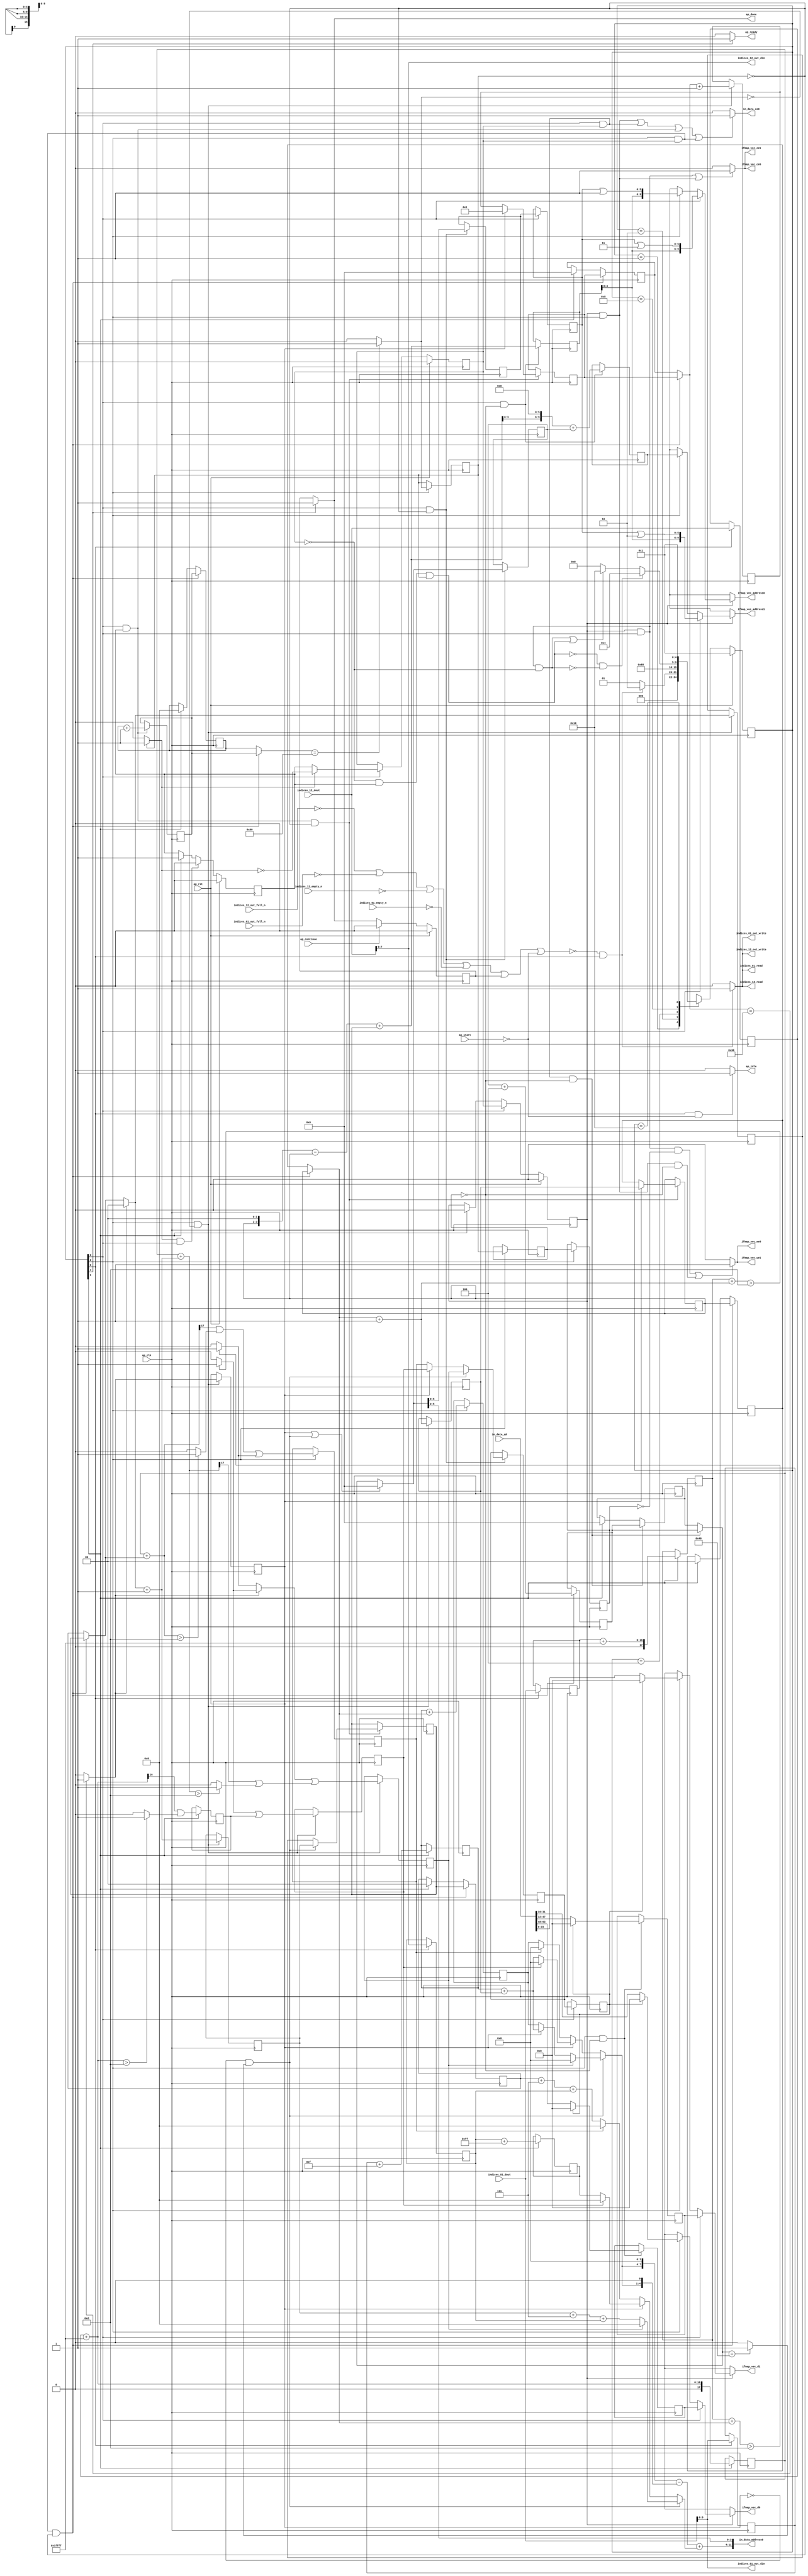
`define EXPONENT 5
`define MANTISSA 10
`define ACTUAL_MANTISSA 11
`define EXPONENT_LSB 10
`define EXPONENT_MSB 14
`define MANTISSA_LSB 0
`define MANTISSA_MSB 9
`define MANTISSA_MUL_SPLIT_LSB 3
`define MANTISSA_MUL_SPLIT_MSB 9
`define SIGN 1
`define SIGN_LOC 15
`define DWIDTH (`SIGN+`EXPONENT+`MANTISSA)
`define IEEE_COMPLIANCE 1

module td_fused_top_tdf10_readInputs69 (
        ap_clk,
        ap_rst,
        ap_start,
        ap_done,
        ap_continue,
        ap_idle,
        ap_ready,
        in_data_address0,
        in_data_ce0,
        in_data_q0,
        indices_01_dout,
        indices_01_empty_n,
        indices_01_read,
        indices_12_dout,
        indices_12_empty_n,
        indices_12_read,
        ifmap_vec_address0,
        ifmap_vec_ce0,
        ifmap_vec_we0,
        ifmap_vec_d0,
        ifmap_vec_address1,
        ifmap_vec_ce1,
        ifmap_vec_we1,
        ifmap_vec_d1,
        indices_01_out_din,
        indices_01_out_full_n,
        indices_01_out_write,
        indices_12_out_din,
        indices_12_out_full_n,
        indices_12_out_write
);

parameter    ap_ST_fsm_state1 = 5'd1;
parameter    ap_ST_fsm_state2 = 5'd2;
parameter    ap_ST_fsm_pp0_stage0 = 5'd4;
parameter    ap_ST_fsm_pp0_stage1 = 5'd8;
parameter    ap_ST_fsm_state9 = 5'd16;

input   ap_clk;
input   ap_rst;
input   ap_start;
output   ap_done;
input   ap_continue;
output   ap_idle;
output   ap_ready;
output  [11:0] in_data_address0;
output   in_data_ce0;
input  [63:0] in_data_q0;
input  [15:0] indices_01_dout;
input   indices_01_empty_n;
output   indices_01_read;
input  [15:0] indices_12_dout;
input   indices_12_empty_n;
output   indices_12_read;
output  [9:0] ifmap_vec_address0;
output   ifmap_vec_ce0;
output   ifmap_vec_we0;
output  [15:0] ifmap_vec_d0;
output  [9:0] ifmap_vec_address1;
output   ifmap_vec_ce1;
output   ifmap_vec_we1;
output  [15:0] ifmap_vec_d1;
output  [3:0] indices_01_out_din;
input   indices_01_out_full_n;
output   indices_01_out_write;
output  [7:0] indices_12_out_din;
input   indices_12_out_full_n;
output   indices_12_out_write;

reg ap_done;
reg ap_idle;
reg ap_ready;
reg in_data_ce0;
reg indices_01_read;
reg indices_12_read;
reg[9:0] ifmap_vec_address0;
reg ifmap_vec_ce0;
reg ifmap_vec_we0;
reg[15:0] ifmap_vec_d0;
reg[9:0] ifmap_vec_address1;
reg ifmap_vec_ce1;
reg ifmap_vec_we1;
reg[15:0] ifmap_vec_d1;
reg indices_01_out_write;
reg indices_12_out_write;

reg    ap_done_reg;
  reg   [4:0] ap_CS_fsm;
wire    ap_CS_fsm_state1;
reg    indices_01_blk_n;
reg    indices_12_blk_n;
reg    indices_01_out_blk_n;
reg    indices_12_out_blk_n;
reg   [7:0] indvar_flatten47_reg_224;
reg   [1:0] ii_reg_236;
reg   [6:0] indvar_flatten_reg_248;
reg   [1:0] jj_reg_259;
reg   [6:0] kk_0_i_i_reg_271;
reg   [15:0] indices_01_read_reg_960;
wire   [3:0] trunc_ln250_fu_282_p1;
reg   [3:0] trunc_ln250_reg_965;
reg   [15:0] indices_12_read_reg_970;
wire   [7:0] empty_fu_287_p1;
reg   [7:0] empty_reg_975;
wire   [17:0] p_cast_i_i_fu_304_p1;
reg   [17:0] p_cast_i_i_reg_982;
wire    ap_CS_fsm_state2;
wire   [17:0] sext_ln22_fu_314_p1;
reg   [17:0] sext_ln22_reg_988;
wire   [3:0] p_cast_fu_318_p2;
reg   [3:0] p_cast_reg_994;
wire   [0:0] or_ln23_36_fu_337_p2;
reg   [0:0] or_ln23_36_reg_1000;
wire   [7:0] p_mid137_fu_343_p2;
reg   [7:0] p_mid137_reg_1005;
wire   [3:0] p_cast5_i_i_fu_361_p2;
reg   [3:0] p_cast5_i_i_reg_1010;
wire    ap_CS_fsm_pp0_stage0;
wire    ap_block_state3_pp0_stage0_iter0;
wire    ap_block_state5_pp0_stage0_iter1;
wire    ap_block_state7_pp0_stage0_iter2;
wire    ap_block_pp0_stage0_11001;
wire   [0:0] is_padding_fu_401_p2;
reg   [0:0] is_padding_reg_1016;
wire   [0:0] icmp_ln19_fu_407_p2;
reg   [0:0] icmp_ln19_reg_1023;
reg   [0:0] icmp_ln19_reg_1023_pp0_iter1_reg;
reg   [0:0] icmp_ln19_reg_1023_pp0_iter2_reg;
wire   [1:0] add_ln19_fu_413_p2;
reg   [1:0] add_ln19_reg_1027;
wire   [0:0] icmp_ln20_fu_419_p2;
reg   [0:0] icmp_ln20_reg_1033;
wire   [1:0] select_ln19_fu_425_p3;
reg   [1:0] select_ln19_reg_1045;
wire   [0:0] or_ln23_38_fu_456_p2;
reg   [0:0] or_ln23_38_reg_1050;
wire   [1:0] add_ln20_fu_461_p2;
reg   [1:0] add_ln20_reg_1057;
wire   [0:0] or_ln23_40_fu_496_p2;
reg   [0:0] or_ln23_40_reg_1063;
wire   [6:0] add_ln20_8_fu_502_p2;
reg   [6:0] add_ln20_8_reg_1070;
wire   [7:0] add_ln19_8_fu_508_p2;
reg   [7:0] add_ln19_8_reg_1075;
wire    ap_CS_fsm_pp0_stage1;
reg    ap_enable_reg_pp0_iter0;
wire    ap_block_state4_pp0_stage1_iter0;
wire    ap_block_state6_pp0_stage1_iter1;
wire    ap_block_state8_pp0_stage1_iter2;
wire    ap_block_pp0_stage1_11001;
wire   [1:0] select_ln19_42_fu_546_p3;
reg   [1:0] select_ln19_42_reg_1080;
wire   [6:0] select_ln20_fu_620_p3;
reg   [6:0] select_ln20_reg_1087;
wire   [1:0] select_ln20_35_fu_628_p3;
reg   [1:0] select_ln20_35_reg_1093;
wire   [0:0] select_ln20_36_fu_637_p3;
reg   [0:0] select_ln20_36_reg_1099;
reg   [0:0] select_ln20_36_reg_1099_pp0_iter1_reg;
wire   [5:0] empty_148_fu_733_p1;
reg   [5:0] empty_148_reg_1107;
reg   [5:0] empty_148_reg_1107_pp0_iter1_reg;
wire   [6:0] select_ln20_39_fu_760_p3;
reg   [6:0] select_ln20_39_reg_1119;
wire   [6:0] add_ln25_fu_766_p2;
reg   [6:0] add_ln25_reg_1124;
reg    ap_enable_reg_pp0_iter1;
wire   [5:0] add_ln33_fu_798_p2;
reg   [5:0] add_ln33_reg_1129;
wire   [9:0] add_ln33_8_fu_819_p2;
reg   [9:0] add_ln33_8_reg_1136;
wire   [15:0] select_ln33_32_fu_898_p3;
reg   [15:0] select_ln33_32_reg_1141;
wire   [15:0] select_ln33_33_fu_919_p3;
reg   [15:0] select_ln33_33_reg_1146;
wire    ap_block_pp0_stage1_subdone;
reg    ap_condition_pp0_exit_iter0_state4;
reg    ap_enable_reg_pp0_iter2;
reg   [7:0] ap_phi_mux_indvar_flatten47_phi_fu_228_p4;
wire    ap_block_pp0_stage0;
reg   [1:0] ap_phi_mux_ii_phi_fu_240_p4;
reg   [6:0] ap_phi_mux_indvar_flatten_phi_fu_252_p4;
reg   [1:0] ap_phi_mux_jj_phi_fu_263_p4;
reg   [6:0] ap_phi_mux_kk_0_i_i_phi_fu_275_p4;
wire    ap_block_pp0_stage1;
wire   [63:0] sext_ln32_fu_755_p1;
wire   [63:0] zext_ln33_33_fu_825_p1;
wire   [63:0] sext_ln33_fu_857_p1;
wire   [63:0] sext_ln33_13_fu_938_p1;
wire   [63:0] sext_ln33_14_fu_955_p1;
reg    ap_block_state1;
wire   [15:0] select_ln33_fu_837_p3;
wire   [15:0] select_ln33_31_fu_876_p3;
wire   [16:0] zext_ln19_fu_295_p1;
wire   [16:0] empty_143_fu_298_p2;
wire   [16:0] j_cast_i_i_fu_292_p1;
wire   [16:0] add_ln22_fu_308_p2;
wire   [0:0] tmp_62_fu_323_p3;
wire   [0:0] icmp_ln24_fu_331_p2;
wire   [17:0] ii_cast_i_i_fu_348_p1;
wire   [3:0] ii_cast_fu_352_p1;
wire   [17:0] empty_144_fu_356_p2;
wire   [17:0] zext_ln20_fu_372_p1;
wire   [17:0] add_ln22_8_fu_376_p2;
wire   [0:0] tmp_63_fu_381_p3;
wire   [0:0] icmp_ln24_8_fu_389_p2;
wire   [0:0] or_ln23_fu_395_p2;
wire   [0:0] empty_145_fu_366_p2;
wire   [17:0] ii_cast_i_i_mid1_fu_433_p1;
wire   [17:0] p_mid111_fu_437_p2;
wire   [0:0] p_mid113_fu_442_p2;
wire   [17:0] zext_ln20_8_fu_467_p1;
wire   [17:0] add_ln22_9_fu_471_p2;
wire   [0:0] tmp_64_fu_476_p3;
wire   [0:0] icmp_ln24_9_fu_484_p2;
wire   [0:0] or_ln23_39_fu_490_p2;
wire   [0:0] select_ln19_44_fu_448_p3;
wire   [2:0] zext_ln22_fu_514_p1;
wire   [2:0] tmp1_fu_524_p2;
wire   [7:0] tmp1_cast_fu_530_p1;
wire   [7:0] empty_146_fu_534_p2;
wire   [3:0] ii_cast_mid1_fu_552_p1;
wire   [3:0] p_cast5_i_i_mid1_fu_555_p2;
wire   [3:0] row_coord_int_mid131_fu_571_p3;
wire   [3:0] row_coord_int_fu_518_p3;
wire   [7:0] col_coord_int_mid139_fu_578_p3;
wire   [7:0] col_coord_int_fu_539_p3;
wire   [0:0] icmp_ln25_fu_603_p2;
wire   [0:0] xor_ln19_fu_598_p2;
wire   [0:0] and_ln19_fu_609_p2;
wire   [0:0] or_ln20_fu_615_p2;
wire   [0:0] select_ln19_45_fu_566_p3;
wire   [3:0] select_ln19_43_fu_560_p3;
wire   [2:0] zext_ln22_8_fu_634_p1;
wire   [2:0] tmp1_mid1_fu_651_p2;
wire   [7:0] tmp1_cast_mid1_fu_657_p1;
wire   [7:0] p_mid1_fu_661_p2;
wire   [3:0] row_coord_int_mid1_fu_644_p3;
wire   [3:0] select_ln19_46_fu_584_p3;
wire   [3:0] select_ln20_37_fu_673_p3;
wire   [7:0] tmp_s_fu_681_p3;
wire   [4:0] tmp_18_fu_693_p3;
wire   [8:0] zext_ln32_fu_689_p1;
wire   [8:0] zext_ln32_36_fu_701_p1;
wire   [8:0] sub_ln32_fu_705_p2;
wire   [7:0] col_coord_int_mid1_fu_666_p3;
wire   [7:0] select_ln19_47_fu_591_p3;
wire   [7:0] select_ln20_38_fu_715_p3;
wire   [9:0] sext_ln20_fu_711_p1;
wire   [9:0] zext_ln32_37_fu_723_p1;
wire   [9:0] add_ln32_fu_727_p2;
wire   [3:0] lshr_ln_fu_737_p4;
wire   [13:0] tmp_65_fu_747_p3;
wire   [3:0] tmp_fu_774_p3;
wire   [4:0] zext_ln33_30_fu_781_p1;
wire   [4:0] zext_ln33_fu_771_p1;
wire   [4:0] sub_ln33_fu_785_p2;
wire   [5:0] sub_ln33_cast_fu_791_p1;
wire   [5:0] zext_ln33_31_fu_795_p1;
wire   [3:0] trunc_ln33_fu_804_p1;
wire   [9:0] tmp_180_cast_fu_808_p3;
wire   [9:0] zext_ln33_32_fu_816_p1;
wire   [15:0] trunc_ln32_fu_829_p1;
wire   [15:0] bitcast_ln32_fu_833_p1;
wire   [5:0] or_ln25_fu_845_p2;
wire   [11:0] tmp_66_fu_850_p3;
wire   [15:0] tmp_98_i_i_fu_862_p4;
wire   [15:0] bitcast_ln32_31_fu_872_p1;
wire   [15:0] tmp_99_i_i_fu_884_p4;
wire   [15:0] bitcast_ln32_32_fu_894_p1;
wire   [15:0] tmp_100_i_i_fu_905_p4;
wire   [15:0] bitcast_ln32_33_fu_915_p1;
wire   [5:0] or_ln25_21_fu_926_p2;
wire   [11:0] tmp_67_fu_931_p3;
wire   [5:0] or_ln25_22_fu_943_p2;
wire   [11:0] tmp_68_fu_948_p3;
wire    ap_CS_fsm_state9;
reg   [4:0] ap_NS_fsm;
wire    ap_block_pp0_stage0_subdone;
reg    ap_idle_pp0;
wire    ap_enable_pp0;
wire    ap_ce_reg;

// power-on initialization
initial begin
#0 ap_done_reg = 1'b0;
#0 ap_CS_fsm = 5'd1;
#0 ap_enable_reg_pp0_iter0 = 1'b0;
#0 ap_enable_reg_pp0_iter1 = 1'b0;
#0 ap_enable_reg_pp0_iter2 = 1'b0;
end

always @ (posedge ap_clk) begin
    if (ap_rst == 1'b1) begin
        ap_CS_fsm <= ap_ST_fsm_state1;
    end else begin
        ap_CS_fsm <= ap_NS_fsm;
    end
end

always @ (posedge ap_clk) begin
    if (ap_rst == 1'b1) begin
        ap_done_reg <= 1'b0;
    end else begin
        if ((ap_continue == 1'b1)) begin
            ap_done_reg <= 1'b0;
        end else if ((1'b1 == ap_CS_fsm_state9)) begin
            ap_done_reg <= 1'b1;
        end
    end
end

always @ (posedge ap_clk) begin
    if (ap_rst == 1'b1) begin
        ap_enable_reg_pp0_iter0 <= 1'b0;
    end else begin
        if (((1'b1 == ap_condition_pp0_exit_iter0_state4) & (1'b1 == ap_CS_fsm_pp0_stage1) & (1'b0 == ap_block_pp0_stage1_subdone))) begin
            ap_enable_reg_pp0_iter0 <= 1'b0;
        end else if ((1'b1 == ap_CS_fsm_state2)) begin
            ap_enable_reg_pp0_iter0 <= 1'b1;
        end
    end
end

always @ (posedge ap_clk) begin
    if (ap_rst == 1'b1) begin
        ap_enable_reg_pp0_iter1 <= 1'b0;
    end else begin
        if (((1'b1 == ap_CS_fsm_pp0_stage1) & (1'b0 == ap_block_pp0_stage1_subdone))) begin
            if ((1'b1 == ap_condition_pp0_exit_iter0_state4)) begin
                ap_enable_reg_pp0_iter1 <= (1'b1 ^ ap_condition_pp0_exit_iter0_state4);
            end else if ((1'b1 == 1'b1)) begin
                ap_enable_reg_pp0_iter1 <= ap_enable_reg_pp0_iter0;
            end
        end
    end
end

always @ (posedge ap_clk) begin
    if (ap_rst == 1'b1) begin
        ap_enable_reg_pp0_iter2 <= 1'b0;
    end else begin
        if (((1'b1 == ap_CS_fsm_pp0_stage1) & (1'b0 == ap_block_pp0_stage1_subdone))) begin
            ap_enable_reg_pp0_iter2 <= ap_enable_reg_pp0_iter1;
        end else if ((1'b1 == ap_CS_fsm_state2)) begin
            ap_enable_reg_pp0_iter2 <= 1'b0;
        end
    end
end

always @ (posedge ap_clk) begin
    if (((1'b1 == ap_CS_fsm_pp0_stage0) & (ap_enable_reg_pp0_iter1 == 1'b1) & (icmp_ln19_reg_1023 == 1'd0) & (1'b0 == ap_block_pp0_stage0_11001))) begin
        ii_reg_236 <= select_ln19_42_reg_1080;
    end else if ((1'b1 == ap_CS_fsm_state2)) begin
        ii_reg_236 <= 2'd0;
    end
end

always @ (posedge ap_clk) begin
    if (((1'b1 == ap_CS_fsm_pp0_stage0) & (ap_enable_reg_pp0_iter1 == 1'b1) & (icmp_ln19_reg_1023 == 1'd0) & (1'b0 == ap_block_pp0_stage0_11001))) begin
        indvar_flatten47_reg_224 <= add_ln19_8_reg_1075;
    end else if ((1'b1 == ap_CS_fsm_state2)) begin
        indvar_flatten47_reg_224 <= 8'd0;
    end
end

always @ (posedge ap_clk) begin
    if (((1'b1 == ap_CS_fsm_pp0_stage0) & (ap_enable_reg_pp0_iter1 == 1'b1) & (icmp_ln19_reg_1023 == 1'd0) & (1'b0 == ap_block_pp0_stage0_11001))) begin
        indvar_flatten_reg_248 <= select_ln20_39_reg_1119;
    end else if ((1'b1 == ap_CS_fsm_state2)) begin
        indvar_flatten_reg_248 <= 7'd0;
    end
end

always @ (posedge ap_clk) begin
    if (((1'b1 == ap_CS_fsm_pp0_stage0) & (ap_enable_reg_pp0_iter1 == 1'b1) & (icmp_ln19_reg_1023 == 1'd0) & (1'b0 == ap_block_pp0_stage0_11001))) begin
        jj_reg_259 <= select_ln20_35_reg_1093;
    end else if ((1'b1 == ap_CS_fsm_state2)) begin
        jj_reg_259 <= 2'd0;
    end
end

always @ (posedge ap_clk) begin
    if (((1'b1 == ap_CS_fsm_pp0_stage1) & (ap_enable_reg_pp0_iter1 == 1'b1) & (icmp_ln19_reg_1023_pp0_iter1_reg == 1'd0) & (1'b0 == ap_block_pp0_stage1_11001))) begin
        kk_0_i_i_reg_271 <= add_ln25_reg_1124;
    end else if ((1'b1 == ap_CS_fsm_state2)) begin
        kk_0_i_i_reg_271 <= 7'd0;
    end
end

always @ (posedge ap_clk) begin
    if (((1'b1 == ap_CS_fsm_pp0_stage1) & (ap_enable_reg_pp0_iter0 == 1'b1) & (1'b0 == ap_block_pp0_stage1_11001))) begin
        add_ln19_8_reg_1075 <= add_ln19_8_fu_508_p2;
    end
end

always @ (posedge ap_clk) begin
    if (((1'b1 == ap_CS_fsm_pp0_stage0) & (icmp_ln19_fu_407_p2 == 1'd0) & (1'b0 == ap_block_pp0_stage0_11001))) begin
        add_ln19_reg_1027 <= add_ln19_fu_413_p2;
        add_ln20_8_reg_1070 <= add_ln20_8_fu_502_p2;
        add_ln20_reg_1057 <= add_ln20_fu_461_p2;
        icmp_ln20_reg_1033 <= icmp_ln20_fu_419_p2;
        or_ln23_38_reg_1050 <= or_ln23_38_fu_456_p2;
        or_ln23_40_reg_1063 <= or_ln23_40_fu_496_p2;
        select_ln19_reg_1045 <= select_ln19_fu_425_p3;
    end
end

always @ (posedge ap_clk) begin
    if (((1'b1 == ap_CS_fsm_pp0_stage0) & (ap_enable_reg_pp0_iter1 == 1'b1) & (icmp_ln19_reg_1023 == 1'd0) & (1'b0 == ap_block_pp0_stage0_11001))) begin
        add_ln25_reg_1124 <= add_ln25_fu_766_p2;
    end
end

always @ (posedge ap_clk) begin
    if (((1'b1 == ap_CS_fsm_pp0_stage1) & (icmp_ln19_reg_1023_pp0_iter1_reg == 1'd0) & (1'b0 == ap_block_pp0_stage1_11001))) begin
        add_ln33_8_reg_1136 <= add_ln33_8_fu_819_p2;
        add_ln33_reg_1129 <= add_ln33_fu_798_p2;
    end
end

always @ (posedge ap_clk) begin
    if (((1'b1 == ap_CS_fsm_pp0_stage1) & (icmp_ln19_reg_1023 == 1'd0) & (1'b0 == ap_block_pp0_stage1_11001))) begin
        empty_148_reg_1107 <= empty_148_fu_733_p1;
        select_ln20_36_reg_1099 <= select_ln20_36_fu_637_p3;
        select_ln20_reg_1087 <= select_ln20_fu_620_p3;
    end
end

always @ (posedge ap_clk) begin
    if (((1'b1 == ap_CS_fsm_pp0_stage1) & (1'b0 == ap_block_pp0_stage1_11001))) begin
        empty_148_reg_1107_pp0_iter1_reg <= empty_148_reg_1107;
        select_ln20_36_reg_1099_pp0_iter1_reg <= select_ln20_36_reg_1099;
    end
end

always @ (posedge ap_clk) begin
    if ((1'b1 == ap_CS_fsm_state1)) begin
        empty_reg_975 <= empty_fu_287_p1;
        indices_01_read_reg_960 <= indices_01_dout;
        indices_12_read_reg_970 <= indices_12_dout;
        trunc_ln250_reg_965 <= trunc_ln250_fu_282_p1;
    end
end

always @ (posedge ap_clk) begin
    if (((1'b1 == ap_CS_fsm_pp0_stage0) & (1'b0 == ap_block_pp0_stage0_11001))) begin
        icmp_ln19_reg_1023 <= icmp_ln19_fu_407_p2;
        icmp_ln19_reg_1023_pp0_iter1_reg <= icmp_ln19_reg_1023;
        icmp_ln19_reg_1023_pp0_iter2_reg <= icmp_ln19_reg_1023_pp0_iter1_reg;
        is_padding_reg_1016 <= is_padding_fu_401_p2;
        p_cast5_i_i_reg_1010 <= p_cast5_i_i_fu_361_p2;
    end
end

always @ (posedge ap_clk) begin
    if ((1'b1 == ap_CS_fsm_state2)) begin
        or_ln23_36_reg_1000 <= or_ln23_36_fu_337_p2;
        p_cast_i_i_reg_982 <= p_cast_i_i_fu_304_p1;
        p_cast_reg_994 <= p_cast_fu_318_p2;
        p_mid137_reg_1005 <= p_mid137_fu_343_p2;
        sext_ln22_reg_988 <= sext_ln22_fu_314_p1;
    end
end

always @ (posedge ap_clk) begin
    if (((1'b1 == ap_CS_fsm_pp0_stage1) & (ap_enable_reg_pp0_iter0 == 1'b1) & (icmp_ln19_reg_1023 == 1'd0) & (1'b0 == ap_block_pp0_stage1_11001))) begin
        select_ln19_42_reg_1080 <= select_ln19_42_fu_546_p3;
        select_ln20_35_reg_1093 <= select_ln20_35_fu_628_p3;
        select_ln20_39_reg_1119 <= select_ln20_39_fu_760_p3;
    end
end

always @ (posedge ap_clk) begin
    if (((1'b1 == ap_CS_fsm_pp0_stage0) & (icmp_ln19_reg_1023_pp0_iter1_reg == 1'd0) & (1'b0 == ap_block_pp0_stage0_11001))) begin
        select_ln33_32_reg_1141 <= select_ln33_32_fu_898_p3;
        select_ln33_33_reg_1146 <= select_ln33_33_fu_919_p3;
    end
end

always @ (*) begin
    if ((icmp_ln19_reg_1023 == 1'd1)) begin
        ap_condition_pp0_exit_iter0_state4 = 1'b1;
    end else begin
        ap_condition_pp0_exit_iter0_state4 = 1'b0;
    end
end

always @ (*) begin
    if ((1'b1 == ap_CS_fsm_state9)) begin
        ap_done = 1'b1;
    end else begin
        ap_done = ap_done_reg;
    end
end

always @ (*) begin
    if (((1'b1 == ap_CS_fsm_state1) & (ap_start == 1'b0))) begin
        ap_idle = 1'b1;
    end else begin
        ap_idle = 1'b0;
    end
end

always @ (*) begin
    if (((ap_enable_reg_pp0_iter2 == 1'b0) & (ap_enable_reg_pp0_iter1 == 1'b0) & (ap_enable_reg_pp0_iter0 == 1'b0))) begin
        ap_idle_pp0 = 1'b1;
    end else begin
        ap_idle_pp0 = 1'b0;
    end
end

always @ (*) begin
    if (((1'b1 == ap_CS_fsm_pp0_stage0) & (ap_enable_reg_pp0_iter1 == 1'b1) & (icmp_ln19_reg_1023 == 1'd0) & (1'b0 == ap_block_pp0_stage0))) begin
        ap_phi_mux_ii_phi_fu_240_p4 = select_ln19_42_reg_1080;
    end else begin
        ap_phi_mux_ii_phi_fu_240_p4 = ii_reg_236;
    end
end

always @ (*) begin
    if (((1'b1 == ap_CS_fsm_pp0_stage0) & (ap_enable_reg_pp0_iter1 == 1'b1) & (icmp_ln19_reg_1023 == 1'd0) & (1'b0 == ap_block_pp0_stage0))) begin
        ap_phi_mux_indvar_flatten47_phi_fu_228_p4 = add_ln19_8_reg_1075;
    end else begin
        ap_phi_mux_indvar_flatten47_phi_fu_228_p4 = indvar_flatten47_reg_224;
    end
end

always @ (*) begin
    if (((1'b1 == ap_CS_fsm_pp0_stage0) & (ap_enable_reg_pp0_iter1 == 1'b1) & (icmp_ln19_reg_1023 == 1'd0) & (1'b0 == ap_block_pp0_stage0))) begin
        ap_phi_mux_indvar_flatten_phi_fu_252_p4 = select_ln20_39_reg_1119;
    end else begin
        ap_phi_mux_indvar_flatten_phi_fu_252_p4 = indvar_flatten_reg_248;
    end
end

always @ (*) begin
    if (((1'b1 == ap_CS_fsm_pp0_stage0) & (ap_enable_reg_pp0_iter1 == 1'b1) & (icmp_ln19_reg_1023 == 1'd0) & (1'b0 == ap_block_pp0_stage0))) begin
        ap_phi_mux_jj_phi_fu_263_p4 = select_ln20_35_reg_1093;
    end else begin
        ap_phi_mux_jj_phi_fu_263_p4 = jj_reg_259;
    end
end

always @ (*) begin
    if (((1'b1 == ap_CS_fsm_pp0_stage1) & (ap_enable_reg_pp0_iter1 == 1'b1) & (icmp_ln19_reg_1023_pp0_iter1_reg == 1'd0) & (1'b0 == ap_block_pp0_stage1))) begin
        ap_phi_mux_kk_0_i_i_phi_fu_275_p4 = add_ln25_reg_1124;
    end else begin
        ap_phi_mux_kk_0_i_i_phi_fu_275_p4 = kk_0_i_i_reg_271;
    end
end

always @ (*) begin
    if ((1'b1 == ap_CS_fsm_state9)) begin
        ap_ready = 1'b1;
    end else begin
        ap_ready = 1'b0;
    end
end

always @ (*) begin
    if ((ap_enable_reg_pp0_iter2 == 1'b1)) begin
        if (((1'b1 == ap_CS_fsm_pp0_stage1) & (1'b0 == ap_block_pp0_stage1))) begin
            ifmap_vec_address0 = sext_ln33_14_fu_955_p1;
        end else if (((1'b1 == ap_CS_fsm_pp0_stage0) & (1'b0 == ap_block_pp0_stage0))) begin
            ifmap_vec_address0 = sext_ln33_fu_857_p1;
        end else begin
            ifmap_vec_address0 = 'bx;
        end
    end else begin
        ifmap_vec_address0 = 'bx;
    end
end

always @ (*) begin
    if ((ap_enable_reg_pp0_iter2 == 1'b1)) begin
        if (((1'b1 == ap_CS_fsm_pp0_stage1) & (1'b0 == ap_block_pp0_stage1))) begin
            ifmap_vec_address1 = sext_ln33_13_fu_938_p1;
        end else if (((1'b1 == ap_CS_fsm_pp0_stage0) & (1'b0 == ap_block_pp0_stage0))) begin
            ifmap_vec_address1 = zext_ln33_33_fu_825_p1;
        end else begin
            ifmap_vec_address1 = 'bx;
        end
    end else begin
        ifmap_vec_address1 = 'bx;
    end
end

always @ (*) begin
    if ((((ap_enable_reg_pp0_iter2 == 1'b1) & (1'b1 == ap_CS_fsm_pp0_stage1) & (1'b0 == ap_block_pp0_stage1_11001)) | ((ap_enable_reg_pp0_iter2 == 1'b1) & (1'b1 == ap_CS_fsm_pp0_stage0) & (1'b0 == ap_block_pp0_stage0_11001)))) begin
        ifmap_vec_ce0 = 1'b1;
    end else begin
        ifmap_vec_ce0 = 1'b0;
    end
end

always @ (*) begin
    if ((((ap_enable_reg_pp0_iter2 == 1'b1) & (1'b1 == ap_CS_fsm_pp0_stage1) & (1'b0 == ap_block_pp0_stage1_11001)) | ((ap_enable_reg_pp0_iter2 == 1'b1) & (1'b1 == ap_CS_fsm_pp0_stage0) & (1'b0 == ap_block_pp0_stage0_11001)))) begin
        ifmap_vec_ce1 = 1'b1;
    end else begin
        ifmap_vec_ce1 = 1'b0;
    end
end

always @ (*) begin
    if ((ap_enable_reg_pp0_iter2 == 1'b1)) begin
        if (((1'b1 == ap_CS_fsm_pp0_stage1) & (1'b0 == ap_block_pp0_stage1))) begin
            ifmap_vec_d0 = select_ln33_33_reg_1146;
        end else if (((1'b1 == ap_CS_fsm_pp0_stage0) & (1'b0 == ap_block_pp0_stage0))) begin
            ifmap_vec_d0 = select_ln33_31_fu_876_p3;
        end else begin
            ifmap_vec_d0 = 'bx;
        end
    end else begin
        ifmap_vec_d0 = 'bx;
    end
end

always @ (*) begin
    if ((ap_enable_reg_pp0_iter2 == 1'b1)) begin
        if (((1'b1 == ap_CS_fsm_pp0_stage1) & (1'b0 == ap_block_pp0_stage1))) begin
            ifmap_vec_d1 = select_ln33_32_reg_1141;
        end else if (((1'b1 == ap_CS_fsm_pp0_stage0) & (1'b0 == ap_block_pp0_stage0))) begin
            ifmap_vec_d1 = select_ln33_fu_837_p3;
        end else begin
            ifmap_vec_d1 = 'bx;
        end
    end else begin
        ifmap_vec_d1 = 'bx;
    end
end

always @ (*) begin
    if ((((ap_enable_reg_pp0_iter2 == 1'b1) & (1'b1 == ap_CS_fsm_pp0_stage1) & (icmp_ln19_reg_1023_pp0_iter2_reg == 1'd0) & (1'b0 == ap_block_pp0_stage1_11001)) | ((ap_enable_reg_pp0_iter2 == 1'b1) & (1'b1 == ap_CS_fsm_pp0_stage0) & (icmp_ln19_reg_1023_pp0_iter1_reg == 1'd0) & (1'b0 == ap_block_pp0_stage0_11001)))) begin
        ifmap_vec_we0 = 1'b1;
    end else begin
        ifmap_vec_we0 = 1'b0;
    end
end

always @ (*) begin
    if ((((ap_enable_reg_pp0_iter2 == 1'b1) & (1'b1 == ap_CS_fsm_pp0_stage1) & (icmp_ln19_reg_1023_pp0_iter2_reg == 1'd0) & (1'b0 == ap_block_pp0_stage1_11001)) | ((ap_enable_reg_pp0_iter2 == 1'b1) & (1'b1 == ap_CS_fsm_pp0_stage0) & (icmp_ln19_reg_1023_pp0_iter1_reg == 1'd0) & (1'b0 == ap_block_pp0_stage0_11001)))) begin
        ifmap_vec_we1 = 1'b1;
    end else begin
        ifmap_vec_we1 = 1'b0;
    end
end

always @ (*) begin
    if ((((ap_enable_reg_pp0_iter2 == 1'b1) & (1'b1 == ap_CS_fsm_pp0_stage0) & (1'b0 == ap_block_pp0_stage0_11001)) | ((1'b1 == ap_CS_fsm_pp0_stage1) & (ap_enable_reg_pp0_iter1 == 1'b1) & (1'b0 == ap_block_pp0_stage1_11001)) | ((1'b1 == ap_CS_fsm_pp0_stage1) & (ap_enable_reg_pp0_iter0 == 1'b1) & (1'b0 == ap_block_pp0_stage1_11001)) | ((1'b1 == ap_CS_fsm_pp0_stage0) & (ap_enable_reg_pp0_iter1 == 1'b1) & (1'b0 == ap_block_pp0_stage0_11001)))) begin
        in_data_ce0 = 1'b1;
    end else begin
        in_data_ce0 = 1'b0;
    end
end

always @ (*) begin
    if ((~((ap_done_reg == 1'b1) | (ap_start == 1'b0)) & (1'b1 == ap_CS_fsm_state1))) begin
        indices_01_blk_n = indices_01_empty_n;
    end else begin
        indices_01_blk_n = 1'b1;
    end
end

always @ (*) begin
    if ((~((ap_done_reg == 1'b1) | (ap_start == 1'b0)) & (1'b1 == ap_CS_fsm_state1))) begin
        indices_01_out_blk_n = indices_01_out_full_n;
    end else begin
        indices_01_out_blk_n = 1'b1;
    end
end

always @ (*) begin
    if ((~((indices_12_out_full_n == 1'b0) | (indices_01_out_full_n == 1'b0) | (indices_12_empty_n == 1'b0) | (indices_01_empty_n == 1'b0) | (ap_done_reg == 1'b1) | (ap_start == 1'b0)) & (1'b1 == ap_CS_fsm_state1))) begin
        indices_01_out_write = 1'b1;
    end else begin
        indices_01_out_write = 1'b0;
    end
end

always @ (*) begin
    if ((~((indices_12_out_full_n == 1'b0) | (indices_01_out_full_n == 1'b0) | (indices_12_empty_n == 1'b0) | (indices_01_empty_n == 1'b0) | (ap_done_reg == 1'b1) | (ap_start == 1'b0)) & (1'b1 == ap_CS_fsm_state1))) begin
        indices_01_read = 1'b1;
    end else begin
        indices_01_read = 1'b0;
    end
end

always @ (*) begin
    if ((~((ap_done_reg == 1'b1) | (ap_start == 1'b0)) & (1'b1 == ap_CS_fsm_state1))) begin
        indices_12_blk_n = indices_12_empty_n;
    end else begin
        indices_12_blk_n = 1'b1;
    end
end

always @ (*) begin
    if ((~((ap_done_reg == 1'b1) | (ap_start == 1'b0)) & (1'b1 == ap_CS_fsm_state1))) begin
        indices_12_out_blk_n = indices_12_out_full_n;
    end else begin
        indices_12_out_blk_n = 1'b1;
    end
end

always @ (*) begin
    if ((~((indices_12_out_full_n == 1'b0) | (indices_01_out_full_n == 1'b0) | (indices_12_empty_n == 1'b0) | (indices_01_empty_n == 1'b0) | (ap_done_reg == 1'b1) | (ap_start == 1'b0)) & (1'b1 == ap_CS_fsm_state1))) begin
        indices_12_out_write = 1'b1;
    end else begin
        indices_12_out_write = 1'b0;
    end
end

always @ (*) begin
    if ((~((indices_12_out_full_n == 1'b0) | (indices_01_out_full_n == 1'b0) | (indices_12_empty_n == 1'b0) | (indices_01_empty_n == 1'b0) | (ap_done_reg == 1'b1) | (ap_start == 1'b0)) & (1'b1 == ap_CS_fsm_state1))) begin
        indices_12_read = 1'b1;
    end else begin
        indices_12_read = 1'b0;
    end
end

always @ (*) begin
    case (ap_CS_fsm)
        ap_ST_fsm_state1 : begin
            if ((~((indices_12_out_full_n == 1'b0) | (indices_01_out_full_n == 1'b0) | (indices_12_empty_n == 1'b0) | (indices_01_empty_n == 1'b0) | (ap_done_reg == 1'b1) | (ap_start == 1'b0)) & (1'b1 == ap_CS_fsm_state1))) begin
                ap_NS_fsm = ap_ST_fsm_state2;
            end else begin
                ap_NS_fsm = ap_ST_fsm_state1;
            end
        end
        ap_ST_fsm_state2 : begin
            ap_NS_fsm = ap_ST_fsm_pp0_stage0;
        end
        ap_ST_fsm_pp0_stage0 : begin
            if ((1'b0 == ap_block_pp0_stage0_subdone)) begin
                ap_NS_fsm = ap_ST_fsm_pp0_stage1;
            end else begin
                ap_NS_fsm = ap_ST_fsm_pp0_stage0;
            end
        end
        ap_ST_fsm_pp0_stage1 : begin
            if ((~((ap_enable_reg_pp0_iter1 == 1'b0) & (ap_enable_reg_pp0_iter0 == 1'b1) & (icmp_ln19_reg_1023 == 1'd1) & (1'b0 == ap_block_pp0_stage1_subdone)) & ~((ap_enable_reg_pp0_iter2 == 1'b1) & (1'b1 == ap_CS_fsm_pp0_stage1) & (ap_enable_reg_pp0_iter1 == 1'b0) & (1'b0 == ap_block_pp0_stage1_subdone)) & (1'b0 == ap_block_pp0_stage1_subdone))) begin
                ap_NS_fsm = ap_ST_fsm_pp0_stage0;
            end else if ((((ap_enable_reg_pp0_iter2 == 1'b1) & (1'b1 == ap_CS_fsm_pp0_stage1) & (ap_enable_reg_pp0_iter1 == 1'b0) & (1'b0 == ap_block_pp0_stage1_subdone)) | ((ap_enable_reg_pp0_iter1 == 1'b0) & (ap_enable_reg_pp0_iter0 == 1'b1) & (icmp_ln19_reg_1023 == 1'd1) & (1'b0 == ap_block_pp0_stage1_subdone)))) begin
                ap_NS_fsm = ap_ST_fsm_state9;
            end else begin
                ap_NS_fsm = ap_ST_fsm_pp0_stage1;
            end
        end
        ap_ST_fsm_state9 : begin
            ap_NS_fsm = ap_ST_fsm_state1;
        end
        default : begin
            ap_NS_fsm = 'bx;
        end
    endcase
end

assign add_ln19_8_fu_508_p2 = (indvar_flatten47_reg_224 + 8'd1);

assign add_ln19_fu_413_p2 = (ap_phi_mux_ii_phi_fu_240_p4 + 2'd1);

assign add_ln20_8_fu_502_p2 = (ap_phi_mux_indvar_flatten_phi_fu_252_p4 + 7'd1);

assign add_ln20_fu_461_p2 = (select_ln19_fu_425_p3 + 2'd1);

assign add_ln22_8_fu_376_p2 = ((sext_ln22_reg_988) + (zext_ln20_fu_372_p1));

assign add_ln22_9_fu_471_p2 = ((sext_ln22_reg_988) + (zext_ln20_8_fu_467_p1));

assign add_ln22_fu_308_p2 = ((j_cast_i_i_fu_292_p1) + (17'd131071));

assign add_ln25_fu_766_p2 = (select_ln20_reg_1087 + 7'd4);

assign add_ln32_fu_727_p2 = ((sext_ln20_fu_711_p1) + (zext_ln32_37_fu_723_p1));

assign add_ln33_8_fu_819_p2 = (tmp_180_cast_fu_808_p3 + zext_ln33_32_fu_816_p1);

assign add_ln33_fu_798_p2 = ((sub_ln33_cast_fu_791_p1) + (zext_ln33_31_fu_795_p1));

assign and_ln19_fu_609_p2 = (xor_ln19_fu_598_p2 & icmp_ln25_fu_603_p2);

assign ap_CS_fsm_pp0_stage0 = ap_CS_fsm[32'd2];

assign ap_CS_fsm_pp0_stage1 = ap_CS_fsm[32'd3];

assign ap_CS_fsm_state1 = ap_CS_fsm[32'd0];

assign ap_CS_fsm_state2 = ap_CS_fsm[32'd1];

assign ap_CS_fsm_state9 = ap_CS_fsm[32'd4];

assign ap_block_pp0_stage0 = ~(1'b1 == 1'b1);

assign ap_block_pp0_stage0_11001 = ~(1'b1 == 1'b1);

assign ap_block_pp0_stage0_subdone = ~(1'b1 == 1'b1);

assign ap_block_pp0_stage1 = ~(1'b1 == 1'b1);

assign ap_block_pp0_stage1_11001 = ~(1'b1 == 1'b1);

assign ap_block_pp0_stage1_subdone = ~(1'b1 == 1'b1);

always @ (*) begin
    ap_block_state1 = ((indices_12_out_full_n == 1'b0) | (indices_01_out_full_n == 1'b0) | (indices_12_empty_n == 1'b0) | (indices_01_empty_n == 1'b0) | (ap_done_reg == 1'b1) | (ap_start == 1'b0));
end

assign ap_block_state3_pp0_stage0_iter0 = ~(1'b1 == 1'b1);

assign ap_block_state4_pp0_stage1_iter0 = ~(1'b1 == 1'b1);

assign ap_block_state5_pp0_stage0_iter1 = ~(1'b1 == 1'b1);

assign ap_block_state6_pp0_stage1_iter1 = ~(1'b1 == 1'b1);

assign ap_block_state7_pp0_stage0_iter2 = ~(1'b1 == 1'b1);

assign ap_block_state8_pp0_stage1_iter2 = ~(1'b1 == 1'b1);

assign ap_enable_pp0 = (ap_idle_pp0 ^ 1'b1);

assign bitcast_ln32_31_fu_872_p1 = tmp_98_i_i_fu_862_p4;

assign bitcast_ln32_32_fu_894_p1 = tmp_99_i_i_fu_884_p4;

assign bitcast_ln32_33_fu_915_p1 = tmp_100_i_i_fu_905_p4;

assign bitcast_ln32_fu_833_p1 = trunc_ln32_fu_829_p1;

assign col_coord_int_fu_539_p3 = ((is_padding_reg_1016[0:0] == 1'b1) ? 8'd0 : empty_146_fu_534_p2);

assign col_coord_int_mid139_fu_578_p3 = ((or_ln23_38_reg_1050[0:0] == 1'b1) ? 8'd0 : p_mid137_reg_1005);

assign col_coord_int_mid1_fu_666_p3 = ((or_ln23_40_reg_1063[0:0] == 1'b1) ? 8'd0 : p_mid1_fu_661_p2);

assign empty_143_fu_298_p2 = ((zext_ln19_fu_295_p1) + (17'd131071));

assign empty_144_fu_356_p2 = ((p_cast_i_i_reg_982) + (ii_cast_i_i_fu_348_p1));

assign empty_145_fu_366_p2 = ((empty_144_fu_356_p2 > 18'd13) ? 1'b1 : 1'b0);

assign empty_146_fu_534_p2 = ((tmp1_cast_fu_530_p1) + (empty_reg_975));

assign empty_148_fu_733_p1 = select_ln20_fu_620_p3[5:0];

assign empty_fu_287_p1 = indices_12_dout[7:0];

assign icmp_ln19_fu_407_p2 = ((ap_phi_mux_indvar_flatten47_phi_fu_228_p4 == 8'd144) ? 1'b1 : 1'b0);

assign icmp_ln20_fu_419_p2 = ((ap_phi_mux_indvar_flatten_phi_fu_252_p4 == 7'd48) ? 1'b1 : 1'b0);

assign icmp_ln24_8_fu_389_p2 = (((add_ln22_8_fu_376_p2) > (18'd13)) ? 1'b1 : 1'b0);

assign icmp_ln24_9_fu_484_p2 = (((add_ln22_9_fu_471_p2) > (18'd13)) ? 1'b1 : 1'b0);

assign icmp_ln24_fu_331_p2 = (((add_ln22_fu_308_p2) > (17'd13)) ? 1'b1 : 1'b0);

assign icmp_ln25_fu_603_p2 = ((ap_phi_mux_kk_0_i_i_phi_fu_275_p4 == 7'd64) ? 1'b1 : 1'b0);

assign ii_cast_fu_352_p1 = ap_phi_mux_ii_phi_fu_240_p4;

assign ii_cast_i_i_fu_348_p1 = ap_phi_mux_ii_phi_fu_240_p4;

assign ii_cast_i_i_mid1_fu_433_p1 = add_ln19_fu_413_p2;

assign ii_cast_mid1_fu_552_p1 = add_ln19_reg_1027;

assign in_data_address0 = sext_ln32_fu_755_p1;

assign indices_01_out_din = indices_01_dout[3:0];

assign indices_12_out_din = indices_12_dout[7:0];

assign is_padding_fu_401_p2 = (or_ln23_fu_395_p2 | empty_145_fu_366_p2);

assign j_cast_i_i_fu_292_p1 = indices_12_read_reg_970;

assign lshr_ln_fu_737_p4 = {{select_ln20_fu_620_p3[5:2]}};

assign or_ln20_fu_615_p2 = (icmp_ln20_reg_1033 | and_ln19_fu_609_p2);

assign or_ln23_36_fu_337_p2 = (tmp_62_fu_323_p3 | icmp_ln24_fu_331_p2);

assign or_ln23_38_fu_456_p2 = (p_mid113_fu_442_p2 | or_ln23_36_reg_1000);

assign or_ln23_39_fu_490_p2 = (tmp_64_fu_476_p3 | icmp_ln24_9_fu_484_p2);

assign or_ln23_40_fu_496_p2 = (select_ln19_44_fu_448_p3 | or_ln23_39_fu_490_p2);

assign or_ln23_fu_395_p2 = (tmp_63_fu_381_p3 | icmp_ln24_8_fu_389_p2);

assign or_ln25_21_fu_926_p2 = (empty_148_reg_1107_pp0_iter1_reg | 6'd2);

assign or_ln25_22_fu_943_p2 = (empty_148_reg_1107_pp0_iter1_reg | 6'd3);

assign or_ln25_fu_845_p2 = (empty_148_reg_1107_pp0_iter1_reg | 6'd1);

assign p_cast5_i_i_fu_361_p2 = (p_cast_reg_994 + ii_cast_fu_352_p1);

assign p_cast5_i_i_mid1_fu_555_p2 = (p_cast_reg_994 + ii_cast_mid1_fu_552_p1);

assign p_cast_fu_318_p2 = ((trunc_ln250_reg_965) + (4'd15));

assign p_cast_i_i_fu_304_p1 = (empty_143_fu_298_p2);

assign p_mid111_fu_437_p2 = ((p_cast_i_i_reg_982) + (ii_cast_i_i_mid1_fu_433_p1));

assign p_mid113_fu_442_p2 = ((p_mid111_fu_437_p2 > 18'd13) ? 1'b1 : 1'b0);

assign p_mid137_fu_343_p2 = ((empty_reg_975) + (8'd255));

assign p_mid1_fu_661_p2 = ((tmp1_cast_mid1_fu_657_p1) + (empty_reg_975));

assign row_coord_int_fu_518_p3 = ((is_padding_reg_1016[0:0] == 1'b1) ? 4'd0 : p_cast5_i_i_reg_1010);

assign row_coord_int_mid131_fu_571_p3 = ((or_ln23_38_reg_1050[0:0] == 1'b1) ? 4'd0 : p_cast5_i_i_mid1_fu_555_p2);

assign row_coord_int_mid1_fu_644_p3 = ((or_ln23_40_reg_1063[0:0] == 1'b1) ? 4'd0 : select_ln19_43_fu_560_p3);

assign select_ln19_42_fu_546_p3 = ((icmp_ln20_reg_1033[0:0] == 1'b1) ? add_ln19_reg_1027 : ii_reg_236);

assign select_ln19_43_fu_560_p3 = ((icmp_ln20_reg_1033[0:0] == 1'b1) ? p_cast5_i_i_mid1_fu_555_p2 : p_cast5_i_i_reg_1010);

assign select_ln19_44_fu_448_p3 = ((icmp_ln20_fu_419_p2[0:0] == 1'b1) ? p_mid113_fu_442_p2 : empty_145_fu_366_p2);

assign select_ln19_45_fu_566_p3 = ((icmp_ln20_reg_1033[0:0] == 1'b1) ? or_ln23_38_reg_1050 : is_padding_reg_1016);

assign select_ln19_46_fu_584_p3 = ((icmp_ln20_reg_1033[0:0] == 1'b1) ? row_coord_int_mid131_fu_571_p3 : row_coord_int_fu_518_p3);

assign select_ln19_47_fu_591_p3 = ((icmp_ln20_reg_1033[0:0] == 1'b1) ? col_coord_int_mid139_fu_578_p3 : col_coord_int_fu_539_p3);

assign select_ln19_fu_425_p3 = ((icmp_ln20_fu_419_p2[0:0] == 1'b1) ? 2'd0 : ap_phi_mux_jj_phi_fu_263_p4);

assign select_ln20_35_fu_628_p3 = ((and_ln19_fu_609_p2[0:0] == 1'b1) ? add_ln20_reg_1057 : select_ln19_reg_1045);

assign select_ln20_36_fu_637_p3 = ((and_ln19_fu_609_p2[0:0] == 1'b1) ? or_ln23_40_reg_1063 : select_ln19_45_fu_566_p3);

assign select_ln20_37_fu_673_p3 = ((and_ln19_fu_609_p2[0:0] == 1'b1) ? row_coord_int_mid1_fu_644_p3 : select_ln19_46_fu_584_p3);

assign select_ln20_38_fu_715_p3 = ((and_ln19_fu_609_p2[0:0] == 1'b1) ? col_coord_int_mid1_fu_666_p3 : select_ln19_47_fu_591_p3);

assign select_ln20_39_fu_760_p3 = ((icmp_ln20_reg_1033[0:0] == 1'b1) ? 7'd1 : add_ln20_8_reg_1070);

assign select_ln20_fu_620_p3 = ((or_ln20_fu_615_p2[0:0] == 1'b1) ? 7'd0 : ap_phi_mux_kk_0_i_i_phi_fu_275_p4);

assign select_ln33_31_fu_876_p3 = ((select_ln20_36_reg_1099_pp0_iter1_reg[0:0] == 1'b1) ? 16'd0 : bitcast_ln32_31_fu_872_p1);

assign select_ln33_32_fu_898_p3 = ((select_ln20_36_reg_1099_pp0_iter1_reg[0:0] == 1'b1) ? 16'd0 : bitcast_ln32_32_fu_894_p1);

assign select_ln33_33_fu_919_p3 = ((select_ln20_36_reg_1099_pp0_iter1_reg[0:0] == 1'b1) ? 16'd0 : bitcast_ln32_33_fu_915_p1);

assign select_ln33_fu_837_p3 = ((select_ln20_36_reg_1099_pp0_iter1_reg[0:0] == 1'b1) ? 16'd0 : bitcast_ln32_fu_833_p1);

assign sext_ln20_fu_711_p1 = (sub_ln32_fu_705_p2);

assign sext_ln22_fu_314_p1 = add_ln22_fu_308_p2;

assign sext_ln32_fu_755_p1 = (tmp_65_fu_747_p3);

assign sext_ln33_13_fu_938_p1 = (tmp_67_fu_931_p3);

assign sext_ln33_14_fu_955_p1 = (tmp_68_fu_948_p3);

assign sext_ln33_fu_857_p1 = (tmp_66_fu_850_p3);

assign sub_ln32_fu_705_p2 = (zext_ln32_fu_689_p1 - zext_ln32_36_fu_701_p1);

assign sub_ln33_cast_fu_791_p1 = (sub_ln33_fu_785_p2);

assign sub_ln33_fu_785_p2 = (zext_ln33_30_fu_781_p1 - zext_ln33_fu_771_p1);

assign tmp1_cast_fu_530_p1 = (tmp1_fu_524_p2);

assign tmp1_cast_mid1_fu_657_p1 = (tmp1_mid1_fu_651_p2);

assign tmp1_fu_524_p2 = ((zext_ln22_fu_514_p1) + (3'd7));

assign tmp1_mid1_fu_651_p2 = ((zext_ln22_8_fu_634_p1) + (3'd7));

assign tmp_100_i_i_fu_905_p4 = {{in_data_q0[63:48]}};

assign tmp_180_cast_fu_808_p3 = {{trunc_ln33_fu_804_p1}, {6'd0}};

assign tmp_18_fu_693_p3 = {{select_ln20_37_fu_673_p3}, {1'd0}};

assign tmp_62_fu_323_p3 = add_ln22_fu_308_p2[32'd16];

assign tmp_63_fu_381_p3 = add_ln22_8_fu_376_p2[32'd17];

assign tmp_64_fu_476_p3 = add_ln22_9_fu_471_p2[32'd17];

assign tmp_65_fu_747_p3 = {{add_ln32_fu_727_p2}, {lshr_ln_fu_737_p4}};

assign tmp_66_fu_850_p3 = {{add_ln33_reg_1129}, {or_ln25_fu_845_p2}};

assign tmp_67_fu_931_p3 = {{add_ln33_reg_1129}, {or_ln25_21_fu_926_p2}};

assign tmp_68_fu_948_p3 = {{add_ln33_reg_1129}, {or_ln25_22_fu_943_p2}};

assign tmp_98_i_i_fu_862_p4 = {{in_data_q0[31:16]}};

assign tmp_99_i_i_fu_884_p4 = {{in_data_q0[47:32]}};

assign tmp_fu_774_p3 = {{select_ln19_42_reg_1080}, {2'd0}};

assign tmp_s_fu_681_p3 = {{select_ln20_37_fu_673_p3}, {4'd0}};

assign trunc_ln250_fu_282_p1 = indices_01_dout[3:0];

assign trunc_ln32_fu_829_p1 = in_data_q0[15:0];

assign trunc_ln33_fu_804_p1 = add_ln33_fu_798_p2[3:0];

assign xor_ln19_fu_598_p2 = (icmp_ln20_reg_1033 ^ 1'd1);

assign zext_ln19_fu_295_p1 = indices_01_read_reg_960;

assign zext_ln20_8_fu_467_p1 = add_ln20_fu_461_p2;

assign zext_ln20_fu_372_p1 = ap_phi_mux_jj_phi_fu_263_p4;

assign zext_ln22_8_fu_634_p1 = add_ln20_reg_1057;

assign zext_ln22_fu_514_p1 = jj_reg_259;

assign zext_ln32_36_fu_701_p1 = tmp_18_fu_693_p3;

assign zext_ln32_37_fu_723_p1 = select_ln20_38_fu_715_p3;

assign zext_ln32_fu_689_p1 = tmp_s_fu_681_p3;

assign zext_ln33_30_fu_781_p1 = tmp_fu_774_p3;

assign zext_ln33_31_fu_795_p1 = select_ln20_35_reg_1093;

assign zext_ln33_32_fu_816_p1 = select_ln20_reg_1087;

assign zext_ln33_33_fu_825_p1 = add_ln33_8_reg_1136;

assign zext_ln33_fu_771_p1 = select_ln19_42_reg_1080;

endmodule //td_fused_top_tdf10_readInputs69